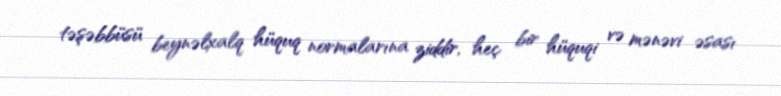
təşəbbüsü beynəlxalq hüquq normalarına ziddir, heç bir hüquqi və mənəvi əsası